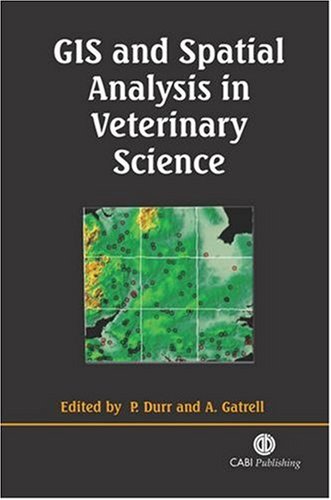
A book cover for GIS and Spatial Analysis in Veterinary Science; Peter Durr; Medical Books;